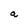
Character: a